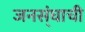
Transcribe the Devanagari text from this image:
जनस्ंघाची